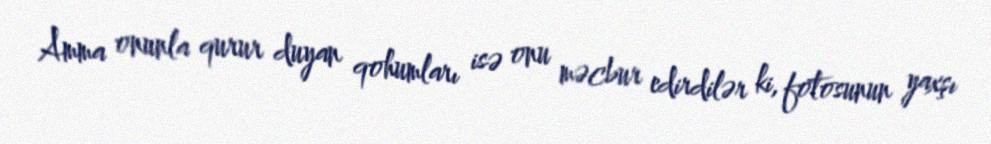
Amma onunla qurur duyan qohumları isə onu məcbur edirdilər ki, fotosunun yaxşı